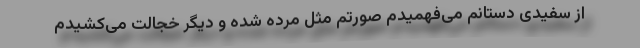
از سفیدی دستانم می‌فهمیدم صورتم مثل مرده شده و دیگر خجالت می‌کشیدم